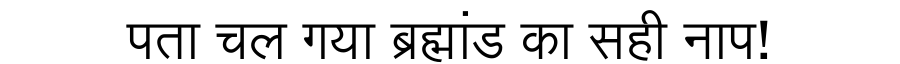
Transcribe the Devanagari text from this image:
पता चल गया ब्रह्मांड का सही नाप!